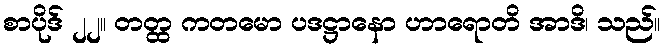
စာပိုဒ် ၂၂။ တတ္ထ ကတမော ပဒဋ္ဌာနော ဟာရောတိ အာဒိ၊ သည်။